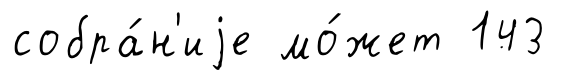
собра́н'иjе мо́жет 143